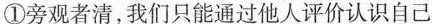
①旁观者清，我们只能通过他人评价认识自己